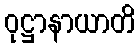
ဝုဋ္ဌာနာယာတိ